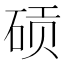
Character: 䂵